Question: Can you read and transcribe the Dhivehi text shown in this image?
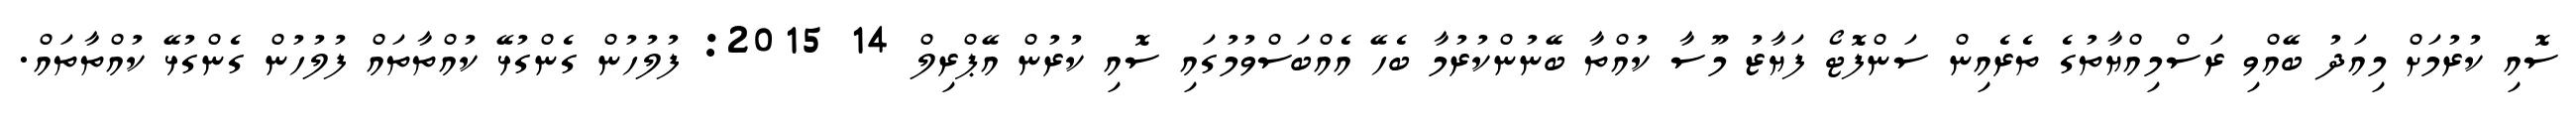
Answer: ސޮއި ކުރުމަށް މިއަދު ބޭއްވި ރަސްމިއްޔާތުގެ ތެރެއިން ސަންފޮޓޯ ފަޔާޒު މޫސާ ކުއްތާ ބޭނުންކުރުމާ ބެހޭ އެއްބަސްވުމުގައި ސޮއި ކުރުން އޭޕްރިލް 14 2015: ފުލުހުން ގެންގުޅޭ ކުއްތާތައް ފުލުހުން ގެންގުޅޭ ކުއްތާތައް.